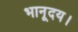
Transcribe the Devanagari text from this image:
भानूदय।